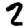
Digit: 2